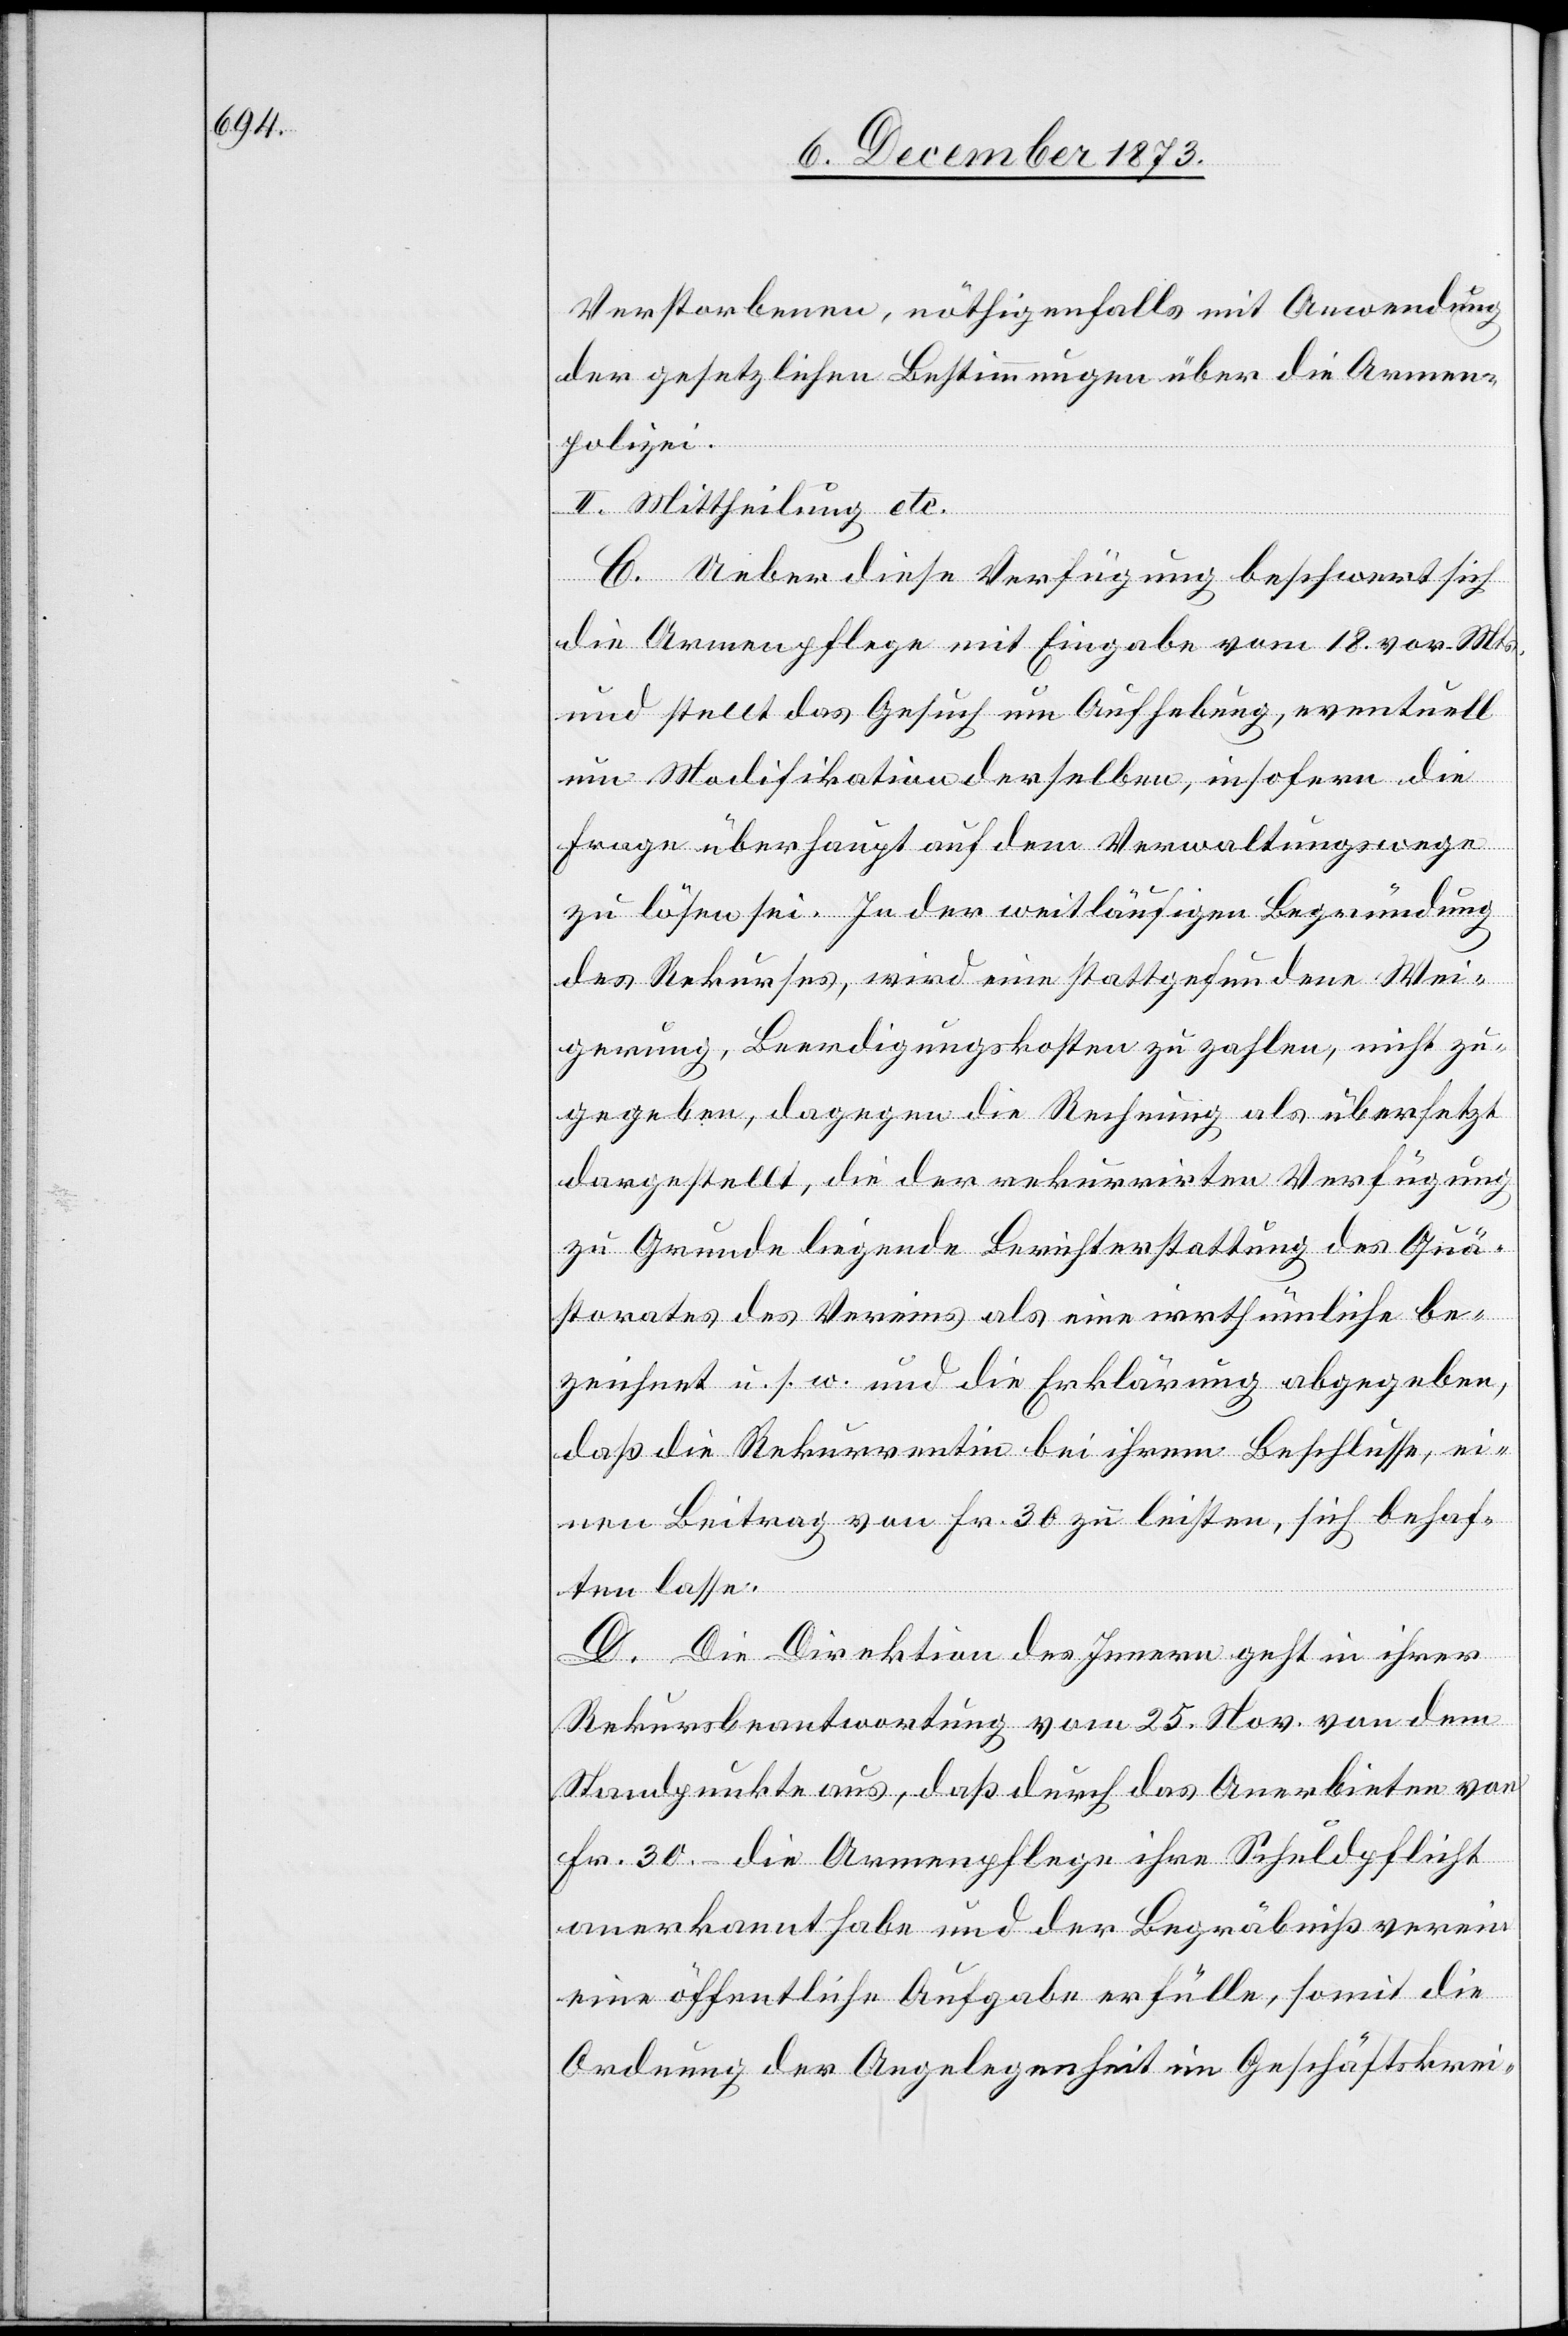
Verstorbenen, nöthigenfalls mit Anwendung
der gesetzlichen Bestimmungen über die Armen¬
polizei.
II. Mittheilung etc.
C. Ueber diese Verfügung beschwert sich
die Armenpflege mit Eingabe vom 18. vor. Mts.
und stellt das Gesuch um Aufhebung, eventuell
um Modifikation derselben, insofern die
Frage überhaupt auf dem Verwaltungswege
zu lösen sei. In der weitläufigen Begründung
des Rekurses, wird eine stattgefundene Wei¬
gerung, Beerdigungskosten zu zahlen, nicht zu¬
gegeben, dagegen die Rechnung als übersetzt
dargestellt, die der rekurrirten Verfügung
zu Grunde liegende Berichterstattung des Quä¬
storates des Vereins als eine irrthümliche be¬
zeichnet u. s. w. und die Erklärung abgegeben,
daß die Rekurrentin bei ihrem Beschlusse, ei¬
nen Beitrag von Fr. 30 zu leisten, sich behaf¬
ten lasse.
D. Die Direktion des Innern geht in ihrer
Rekursbeantwortung vom 25. Nov. von dem
Standpunkte aus, daß durch das Anerbieten von
Fr. 30.– die Armenpflege ihre Schuldpflicht
anerkannt habe und der Begräbnißverein
eine öffentliche Aufgabe erfülle, somit die
Ordnung der Angelegenheit im Geschäftskrei-